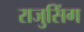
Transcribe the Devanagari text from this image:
राजुसिंग